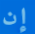
إن